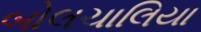
બોલચાલિયા